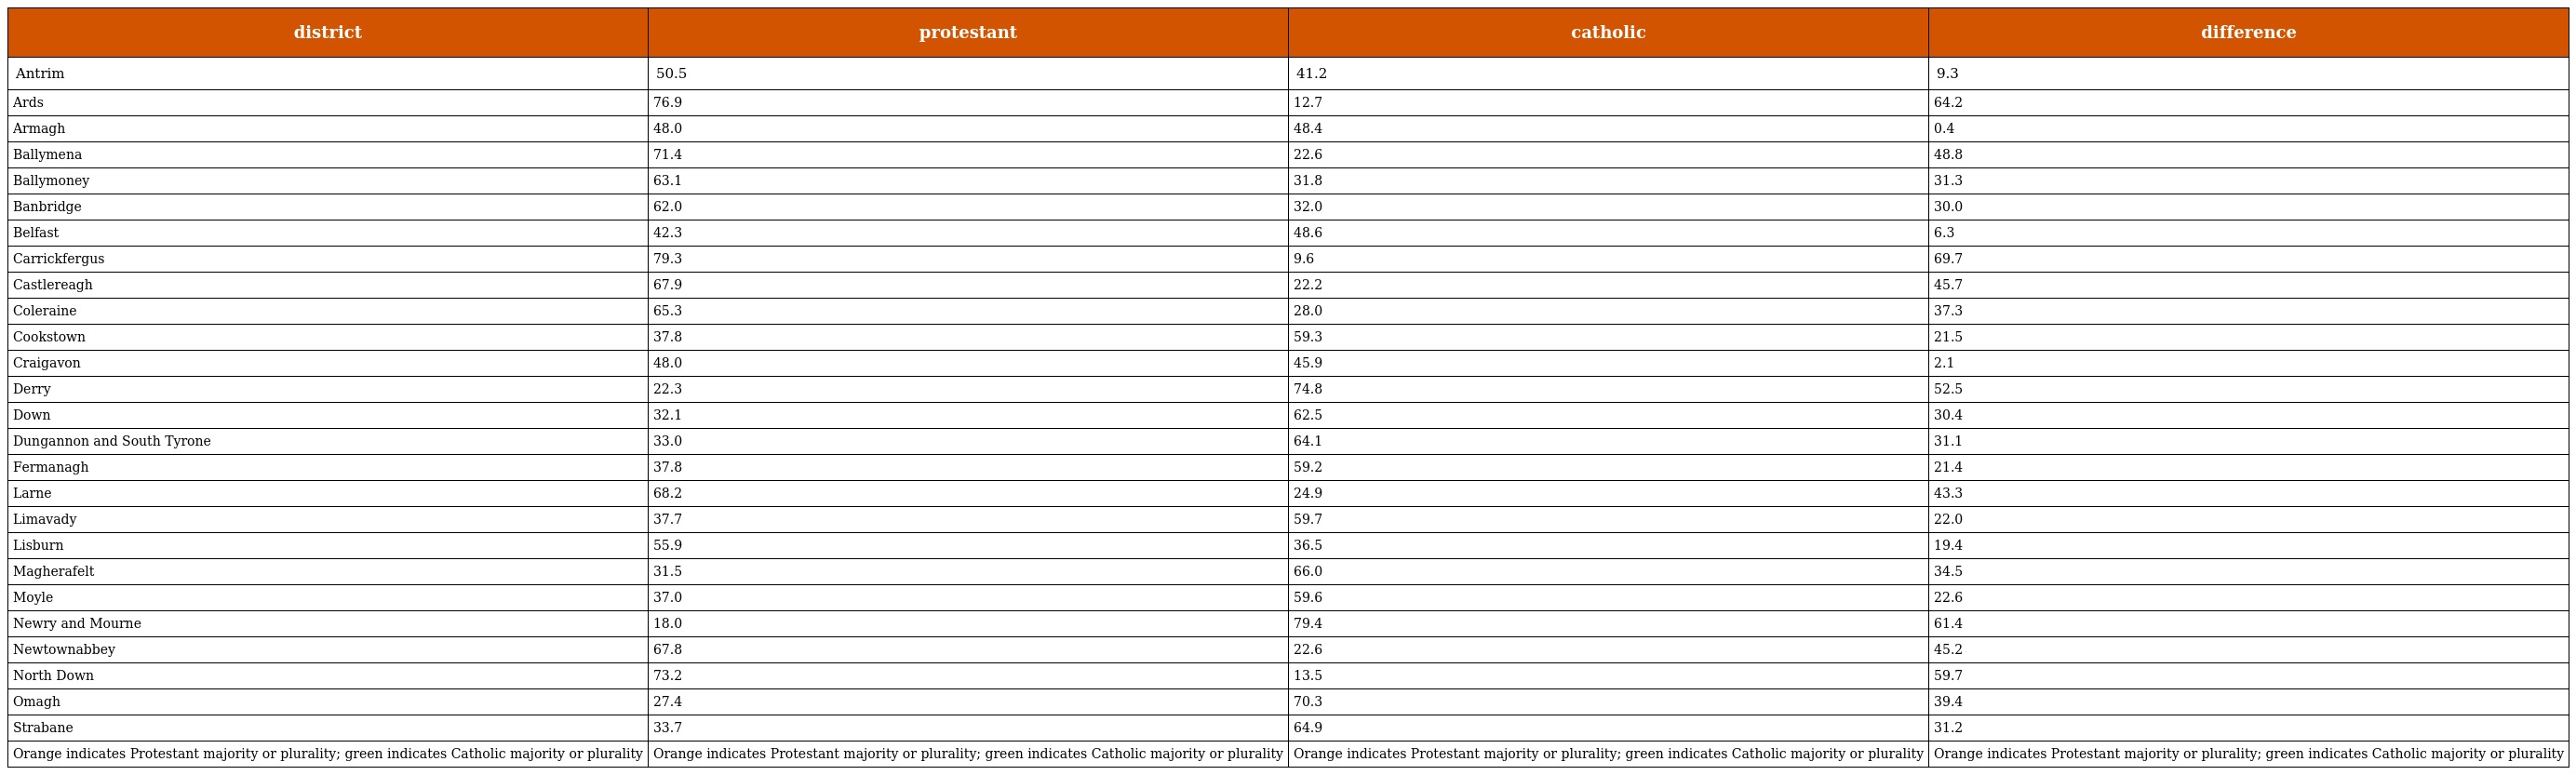
| district | protestant | catholic | difference |
 | --- | --- | --- | --- |
 | Antrim | 50.5 | 41.2 | 9.3 |
 | Ards | 76.9 | 12.7 | 64.2 |
 | Armagh | 48.0 | 48.4 | 0.4 |
 | Ballymena | 71.4 | 22.6 | 48.8 |
 | Ballymoney | 63.1 | 31.8 | 31.3 |
 | Banbridge | 62.0 | 32.0 | 30.0 |
 | Belfast | 42.3 | 48.6 | 6.3 |
 | Carrickfergus | 79.3 | 9.6 | 69.7 |
 | Castlereagh | 67.9 | 22.2 | 45.7 |
 | Coleraine | 65.3 | 28.0 | 37.3 |
 | Cookstown | 37.8 | 59.3 | 21.5 |
 | Craigavon | 48.0 | 45.9 | 2.1 |
 | Derry | 22.3 | 74.8 | 52.5 |
 | Down | 32.1 | 62.5 | 30.4 |
 | Dungannon and South Tyrone | 33.0 | 64.1 | 31.1 |
 | Fermanagh | 37.8 | 59.2 | 21.4 |
 | Larne | 68.2 | 24.9 | 43.3 |
 | Limavady | 37.7 | 59.7 | 22.0 |
 | Lisburn | 55.9 | 36.5 | 19.4 |
 | Magherafelt | 31.5 | 66.0 | 34.5 |
 | Moyle | 37.0 | 59.6 | 22.6 |
 | Newry and Mourne | 18.0 | 79.4 | 61.4 |
 | Newtownabbey | 67.8 | 22.6 | 45.2 |
 | North Down | 73.2 | 13.5 | 59.7 |
 | Omagh | 27.4 | 70.3 | 39.4 |
 | Strabane | 33.7 | 64.9 | 31.2 |
 | Orange indicates Protestant majority or plurality; green indicates Catholic majority or plurality | Orange indicates Protestant majority or plurality; green indicates Catholic majority or plurality | Orange indicates Protestant majority or plurality; green indicates Catholic majority or plurality | Orange indicates Protestant majority or plurality; green indicates Catholic majority or plurality |